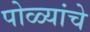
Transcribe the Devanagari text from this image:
पोळ्यांचे